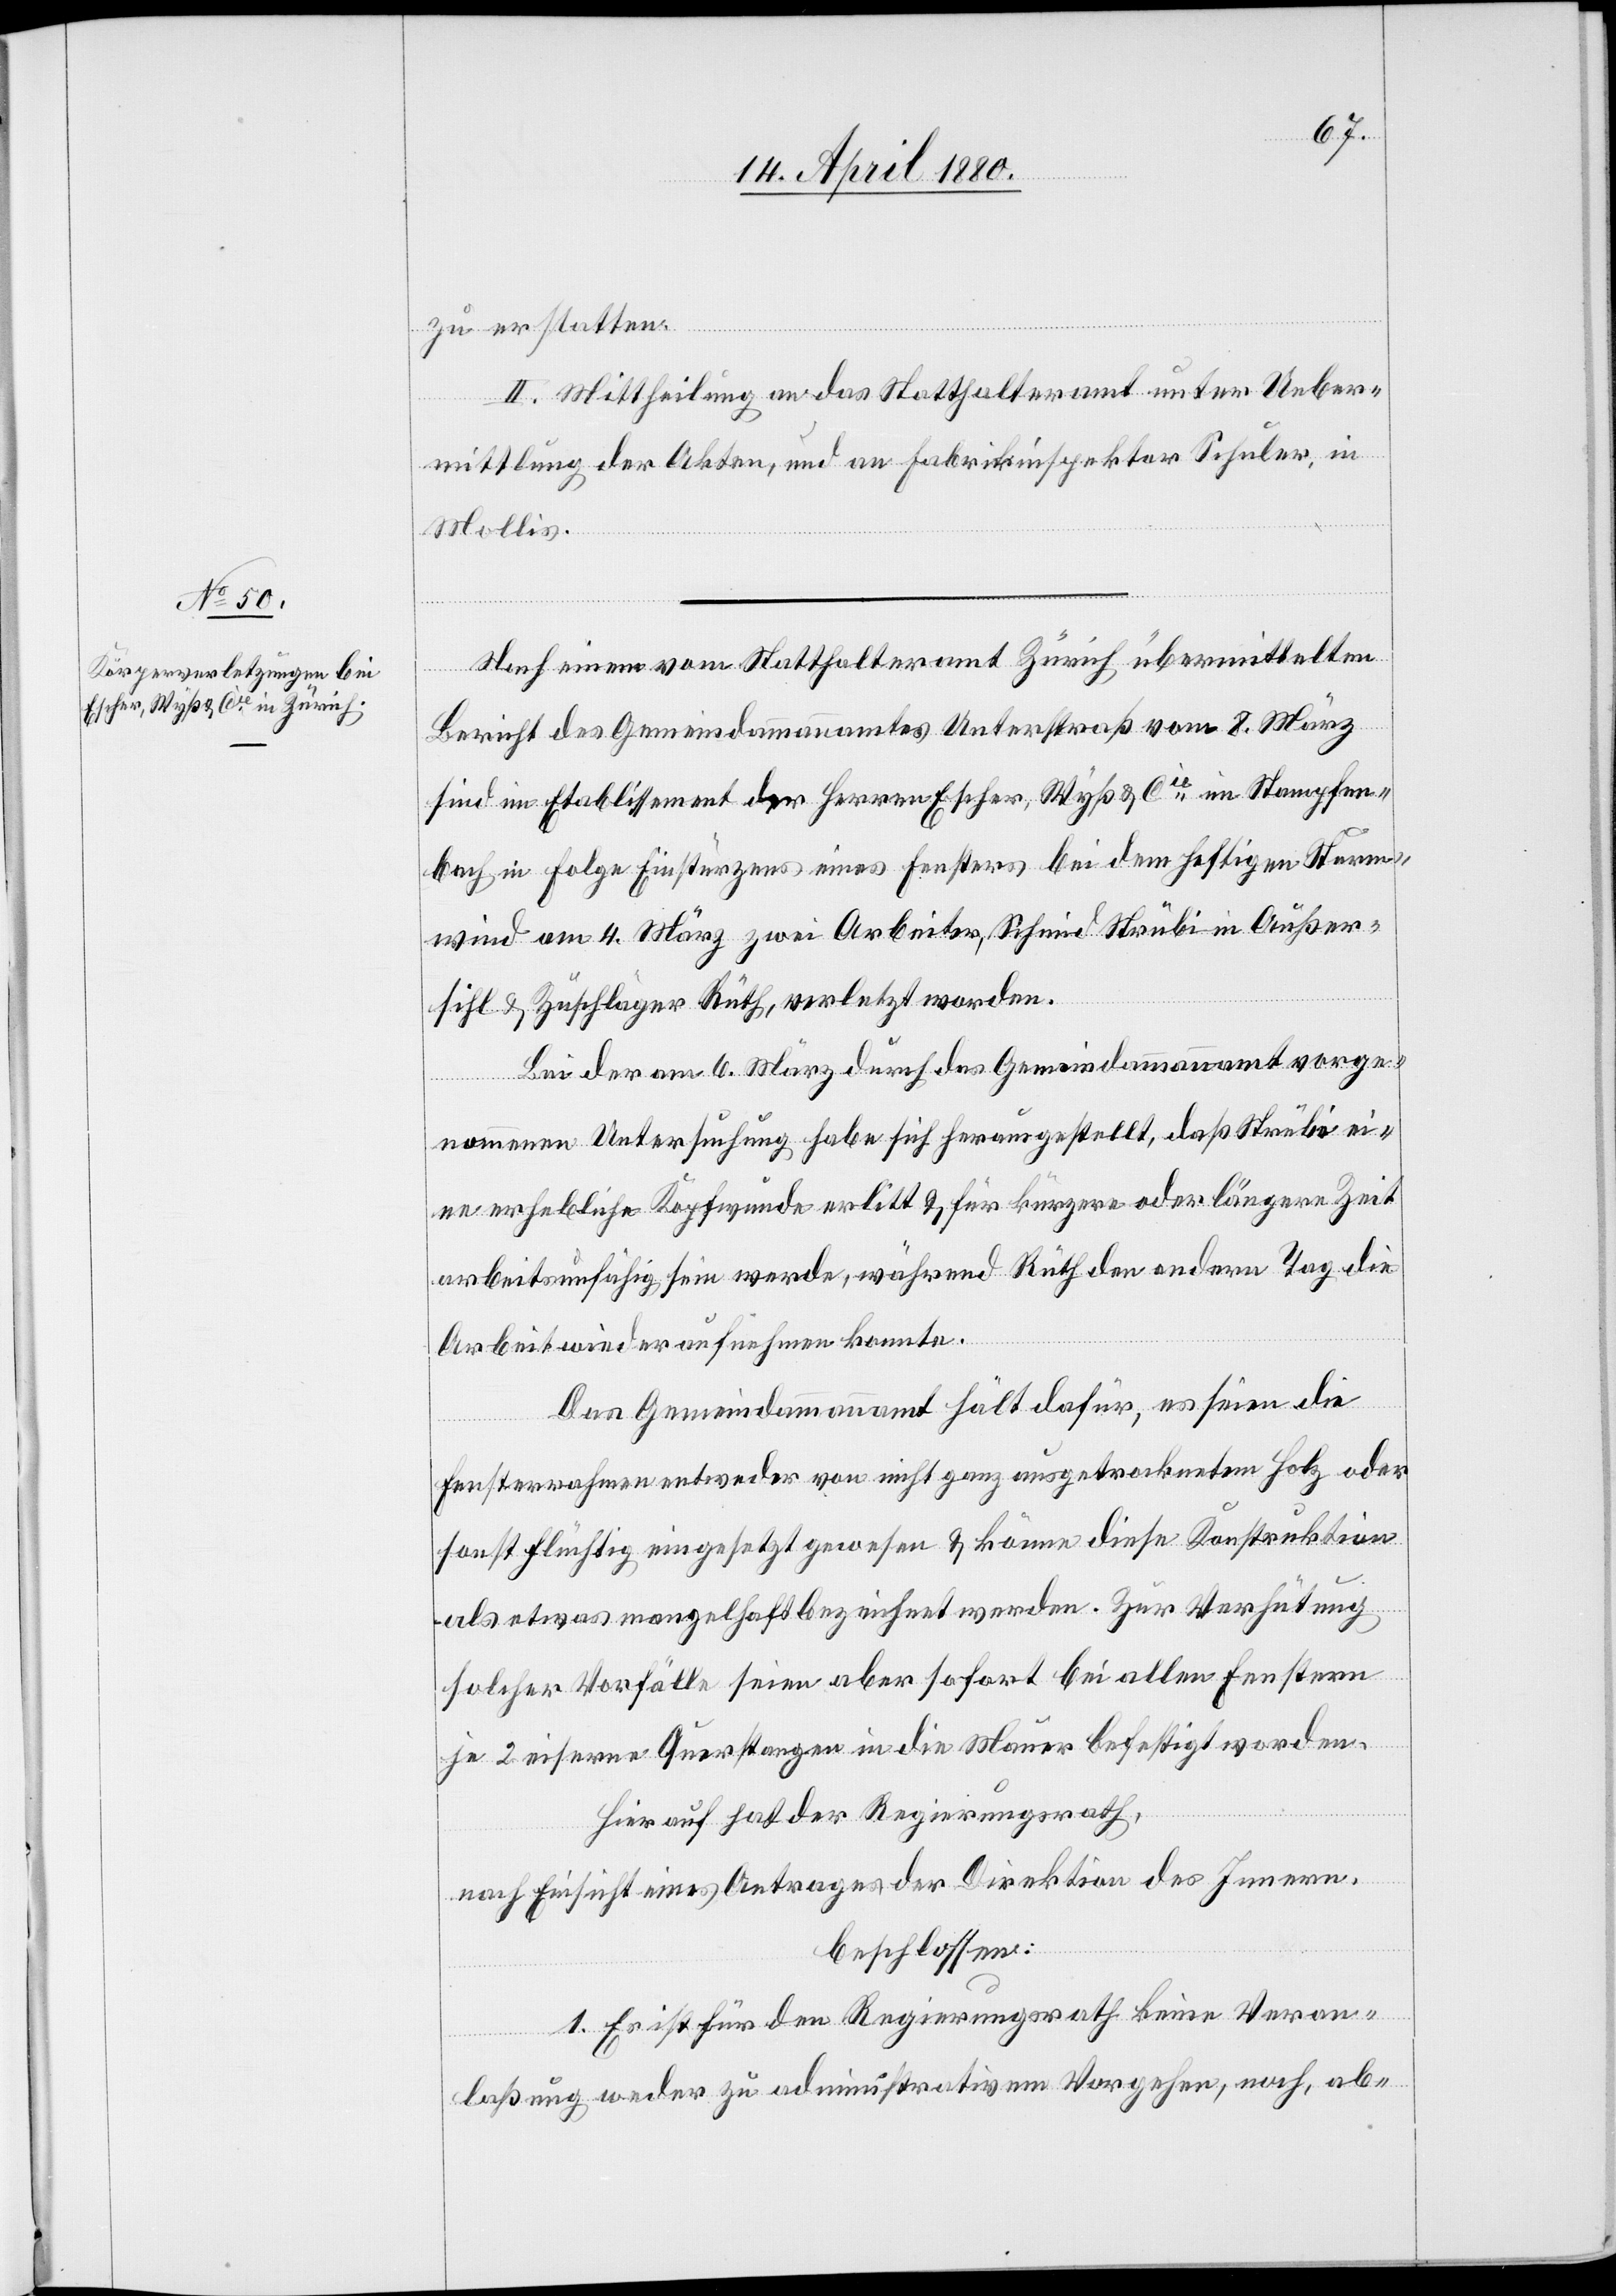
zu erstatten.
II. Mittheilung an das Statthalteramt unter Ueber¬
mittlung der Akten, und an Fabrikinspektor Schuler, in
Mollis.
Nach einem vom Statthalteramt Zürich übermittelten
Bericht des Gemeindammannamtes Unterstraß vom 8. März
sind im Etablissement der Herren Escher, Wyß & Cie im Stampfen¬
bach in Folge Einstürzens eines Fensters bei dem heftigen Sturm¬
wind am 4. März zwei Arbeiter, Schmid Strübi in Außer¬
sihl & Zuschläger Rüth, verletzt worden.
Bei der am 6. März durch das Gemeindammannamt vorge¬
nommenen Untersuchung habe sich herausgestellt, daß Strübi ei¬
ne erheblich Kopfwunde erlitt & für kürzere oder längere Zeit
arbeitsunfähig sein werde, während Rüth den andern Tag die
Arbeit wieder aufnehmen konnte.
Das Gemeindammmannamt hält dafür, es seien die
Fensterrahmen entweder von nicht ganz ausgetrocknetem Holz oder
sonst flüchtig eingesetzt gewesen & könne diese Konstruktion
als etwas mangelhaft bezeichnet werden. Zur Verhütung
solcher Vorfälle seien aber sofort bei allen Fenstern
je 2 eiserne Querstangen in die Mauer befestigt worden.
Hierauf hat der Regierungsrath,
nach Einsicht eines Antrages der Direktion des Innern,
beschlossen:
1. Es ist für den Regierungsrath keine Veran¬
laßung weder zu administrativem Vorgehen, noch, ab-